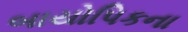
બાયોપિકના